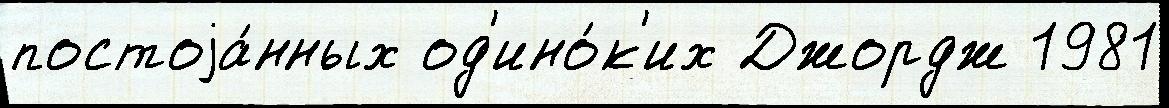
постоjа́нных од'ино́к'их Джордж 1981